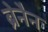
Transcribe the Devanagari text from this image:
ब्रेनैन